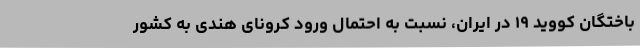
باختگان کووید ۱۹ در ایران، نسبت به احتمال ورود کرونای هندی به کشور